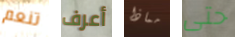
تنعم أعرف مماذا حتى